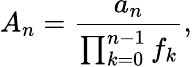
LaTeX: A_{n}={\frac{a_{n}}{\prod_{k=0}^{n-1}f_{k}}},